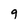
Character: 9